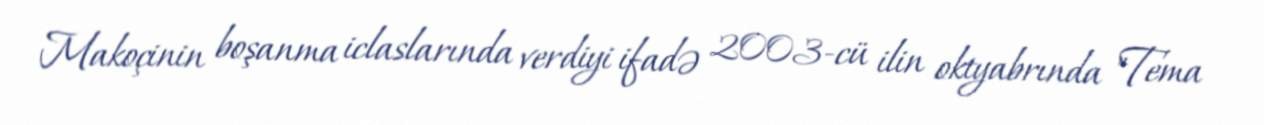
Makoçinin boşanma iclaslarında verdiyi ifadə 2003-cü ilin oktyabrında "Tema